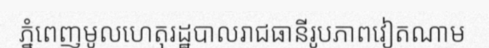
ភ្នំពេញមូលហេតុរដ្ឋបាលរាជធានីរូបភាពវៀតណាម